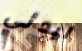
ابدئي